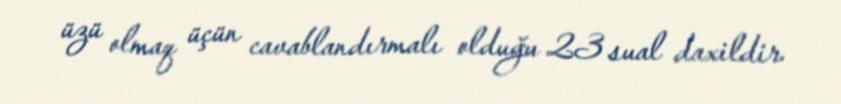
üzü olmaq üçün cavablandırmalı olduğu 23 sual daxildir.